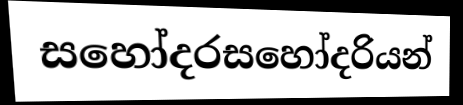
සහෝදරසහෝදරියන්